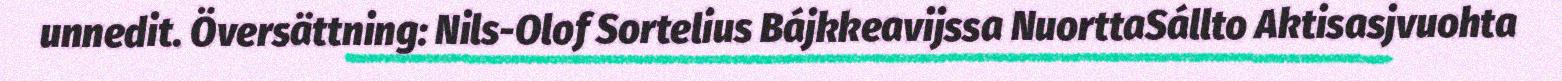
unnedit. Översättning: Nils-Olof Sortelius Bájkkeavijssa NuorttaSállto Aktisasjvuohta